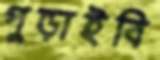
পুড়াইবি